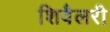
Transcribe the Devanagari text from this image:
शिवैलरी